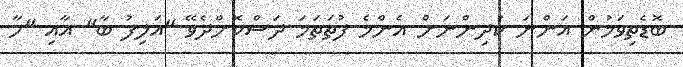
ބޮޑެތިވަމުން އަންނަ ކުދިންނަށް އެންމެ ފުތަތަމަ ދަސްކޮށްދެވޭ "އަލިފު ބާ" އާއި "ހާ